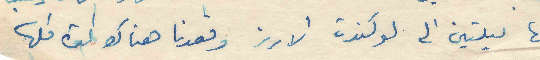
بها ليلتين الى لوكندة الارز وقعدنا هناك المدة كلها